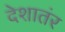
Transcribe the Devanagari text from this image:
देशातंर